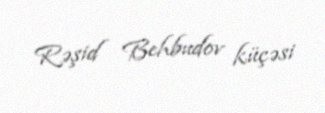
Rəşid Behbudov küçəsi